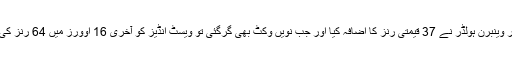
ڈیرک مرے اور وینبرن ہولڈر نے 37 قیمتی رنز کا اضافہ کیا اور جب نویں وکٹ بھی گرگئی تو ویسٹ انڈیز کو آخری 16 اوورز میں 64 رنز کی ضرورت تھی۔